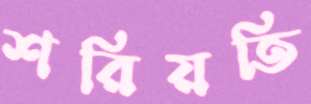
শরিয়তি